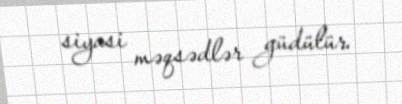
siyasi məqsədlər güdülür.